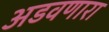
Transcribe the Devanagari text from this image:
अडवणारा